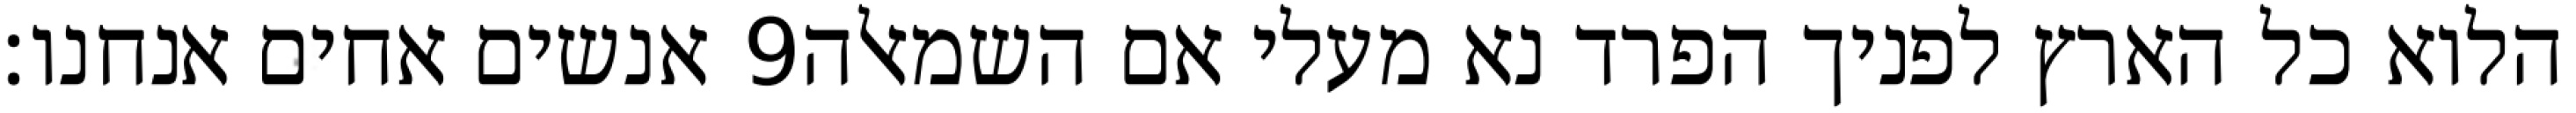
אנשים אחים אנחנו׃ ‎9‏ הלוא כל הארץ לפניך הפרד נא מעלי אם השמאלה